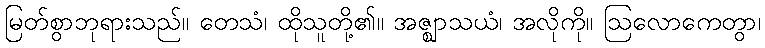
မြတ်စွာဘုရားသည်။ တေသံ၊ ထိုသူတို့၏။ အဇ္ဈာသယံ၊ အလိုကို။ ဩလောကေတွာ၊